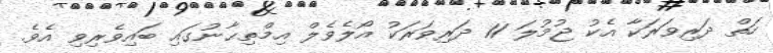
ހަތް ދަރިވަރަކާ އެކު ޖުމުލަ 11 ދަރިވަރަކު އޯލެވެލް އިމްތިޙާނުގައި ބައިވެރިވި އެވެ.